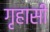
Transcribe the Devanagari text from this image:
गृहासी